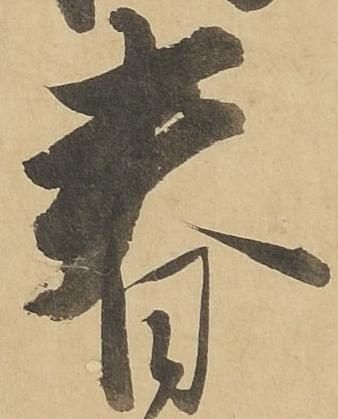
春